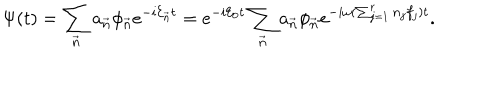
LaTeX: \Psi ( t ) = \sum _ { \vec { n } } a _ { \vec { n } } \phi _ { \vec { n } } e ^ { - i { \cal E } _ { \vec { n } } t } = e ^ { - i { \cal E } _ { 0 } t } \sum _ { \vec { n } } a _ { \vec { n } } \phi _ { \vec { n } } e ^ { - i \omega ( \sum _ { j = 1 } ^ { r } n _ { j } f _ { j } ) t } .